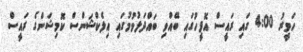
ހަވީރު 4:00 ގައި ރައީސް އޮފީހުގައި ބޭއްވި ބައްދަލުވުމުގައި އިލެކްޝަންސް ކޮމިޝަންގެ ރައީސް